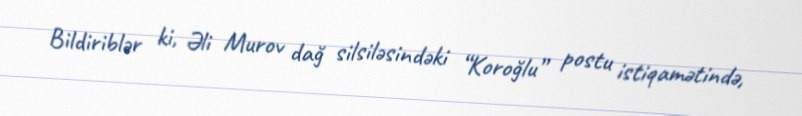
Bildiriblər ki, Əli Murov dağ silsiləsindəki “Koroğlu” postu istiqamətində,